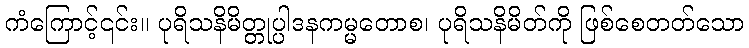
ကံကြောင့်၎င်း။ ပုရိသနိမိတ္တုပ္ပါဒနကမ္မတောစ၊ ပုရိသနိမိတ်ကို ဖြစ်စေတတ်သော